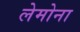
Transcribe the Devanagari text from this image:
लेमोना